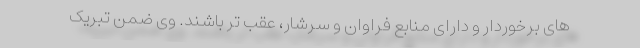
های برخوردار و دارای منابع فراوان و سرشار، عقب تر باشند. وی ضمن تبریک